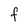
Character: F